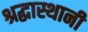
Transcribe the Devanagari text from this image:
श्रद्धास्थानी